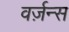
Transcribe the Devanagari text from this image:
वर्ज़न्स